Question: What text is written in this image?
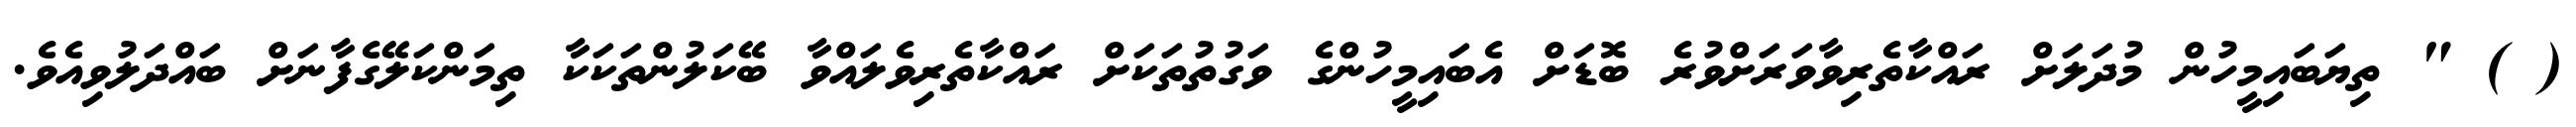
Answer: ( ) " ތިޔަބައިމީހުން މުދަލަށް ރައްކާތެރިވާވަރަށްވުރެ ބޮޑަށް އެބައިމީހުންގެ ވަގުތުތަކަށް ރައްކާތެރިވެލައްވާ ބޭކަލުންތަކަކާ ތިމަންކަލޭގެފާނަށް ބައްދަލުވިއެވެ.